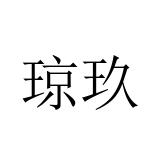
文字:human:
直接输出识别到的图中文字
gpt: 琼玖